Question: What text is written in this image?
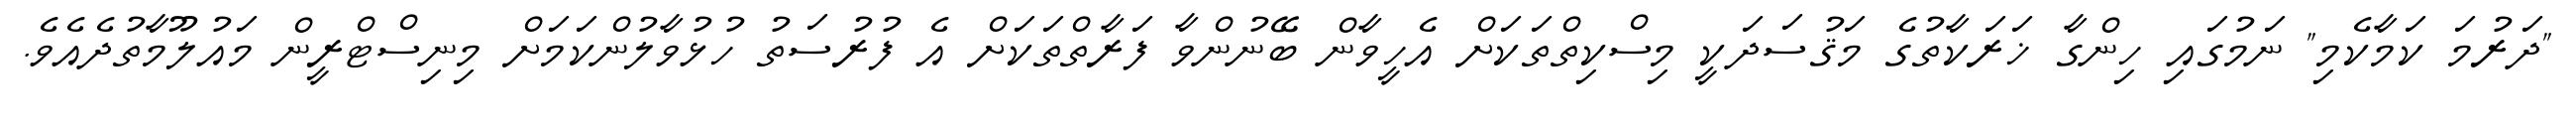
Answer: "ދަރުމަ ކަމާކެމި" ނަމުގައި ހިންގާ ޚަރަކާތުގެ މަޤުސަދަކީ މިސްކިތްތަކަށް އެހީވާން ބޭނުންވާ ފަރާތްތަކަށް އެ ފުރުސަތު ހުޅުވާލުންކަމަށް މިނިސްޓްރީން މައުލޫމާތުދެއެވެ.